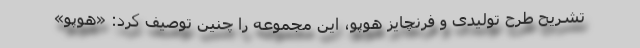
تشریح طرح تولیدی و فرنچایز هوپو، این مجموعه را چنین توصیف کرد: «هوپو»